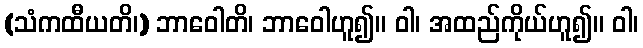
(သံကထီယတိ၊) ဘာဝေါတိ၊ ဘာဝေါဟူ၍။ ဝါ၊ အထည်ကိုယ်ဟူ၍။ ဝါ၊